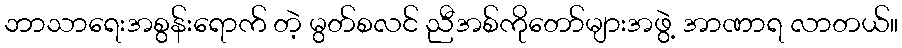
ဘာသာရေးအစွန်းရောက် တဲ့ မွတ်စလင် ညီအစ်ကိုတော်များအဖွဲ့ အာဏာရ လာတယ်။